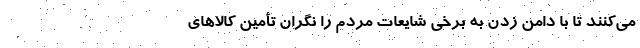
می‌کنند تا با دامن زدن به برخی شایعات مردم را نگران تأمین کالاهای